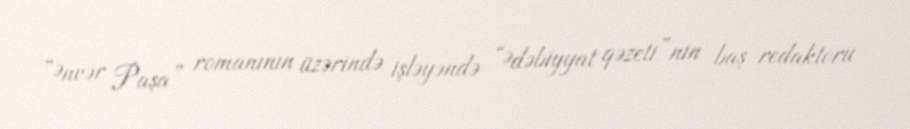
“Ənvər Paşa” romanının üzərində işləyəndə “Ədəbiyyat qəzeti”nin baş redaktoru